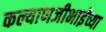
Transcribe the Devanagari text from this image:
कल्याणजीभाईंच्या